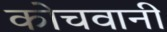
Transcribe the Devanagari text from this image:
कोचवानी